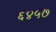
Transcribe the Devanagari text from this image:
६४५७